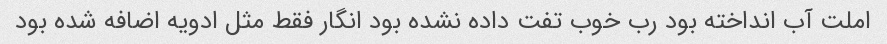
املت آب انداخته بود رب خوب تفت داده نشده بود انگار فقط مثل ادویه اضافه شده بود